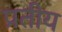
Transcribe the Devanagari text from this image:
प्रतीय